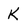
Character: K